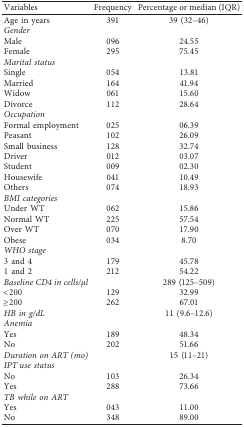
<table><thead><tr><td><b>Variables</b></td><td><b>Frequency</b></td><td><b>Percentage or median (IQR)</b></td></tr></thead><tbody><tr><td>Age in years</td><td>391</td><td>39 (32–46)</td></tr><tr><td><i>Gender</i></td><td> </td><td> </td></tr><tr><td>Male</td><td>096</td><td>24.55</td></tr><tr><td>Female</td><td>295</td><td>75.45</td></tr><tr><td><i>Marital status</i></td><td> </td><td> </td></tr><tr><td>Single</td><td>054</td><td>13.81</td></tr><tr><td>Married</td><td>164</td><td>41.94</td></tr><tr><td>Widow</td><td>061</td><td>15.60</td></tr><tr><td>Divorce</td><td>112</td><td>28.64</td></tr><tr><td><i>Occupation</i></td><td> </td><td> </td></tr><tr><td>Formal employment</td><td>025</td><td>06.39</td></tr><tr><td>Peasant</td><td>102</td><td>26.09</td></tr><tr><td>Small business</td><td>128</td><td>32.74</td></tr><tr><td>Driver</td><td>012</td><td>03.07</td></tr><tr><td>Student</td><td>009</td><td>02.30</td></tr><tr><td>Housewife</td><td>041</td><td>10.49</td></tr><tr><td>Others</td><td>074</td><td>18.93</td></tr><tr><td><i>BMI categories</i></td><td> </td><td> </td></tr><tr><td>Under WT</td><td>062</td><td>15.86</td></tr><tr><td>Normal WT</td><td>225</td><td>57.54</td></tr><tr><td>Over WT</td><td>070</td><td>17.90</td></tr><tr><td>Obese</td><td>034</td><td>8.70</td></tr><tr><td><i>WHO stage</i></td><td> </td><td> </td></tr><tr><td>3 and 4</td><td>179</td><td>45.78</td></tr><tr><td>1 and 2</td><td>212</td><td>54.22</td></tr><tr><td><i>Baseline CD4 in cells/μl</i></td><td> </td><td>289 (125–509)</td></tr><tr><td>&lt;200</td><td>129</td><td>32.99</td></tr><tr><td>≥200</td><td>262</td><td>67.01</td></tr><tr><td><i>HB in g/dL</i></td><td> </td><td>11 (9.6–12.6)</td></tr><tr><td><i>Anemia</i></td><td> </td><td> </td></tr><tr><td>Yes</td><td>189</td><td>48.34</td></tr><tr><td>No</td><td>202</td><td>51.66</td></tr><tr><td><i>Duration on ART (mo)</i></td><td> </td><td>15 (11–21)</td></tr><tr><td><i>IPT use status</i></td><td> </td><td> </td></tr><tr><td>No</td><td>103</td><td>26.34</td></tr><tr><td>Yes</td><td>288</td><td>73.66</td></tr><tr><td><i>TB while on ART</i></td><td> </td><td> </td></tr><tr><td>Yes</td><td>043</td><td>11.00</td></tr><tr><td>No</td><td>348</td><td>89.00</td></tr></tbody></table>